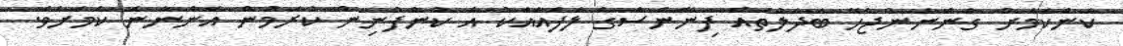
ކަންކަމަށް ގެންނަންޖެހޭ ބަދަލުތައް ފިނޭންސްގެ ލަފައާއެކު އެ ކުންފުނިން ކުރަމުން އަންނާނެ ކަމަށެވެ.